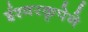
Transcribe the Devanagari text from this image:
ईश्वरकृपेने